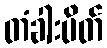
တံခါးပိတ်